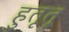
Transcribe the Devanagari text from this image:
हुतूतू